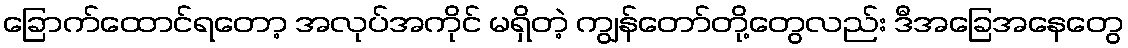
ခြောက်ထောင်ရတော့ အလုပ်အကိုင် မရှိတဲ့ ကျွန်တော်တို့တွေလည်း ဒီအခြေအနေတွေ